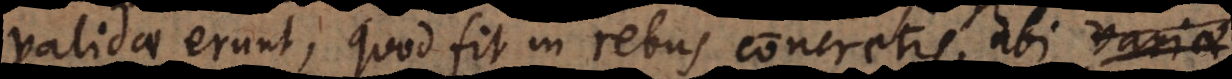
validae erunt, quod fit in rebus concretis, ubi variae